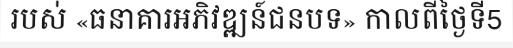
របស់ «ធនាគារអភិវឌ្ឍន៍ជនបទ» កាលពីថ្ងៃទី5